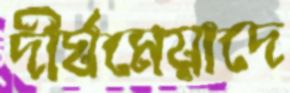
দীর্ঘমেয়াদে